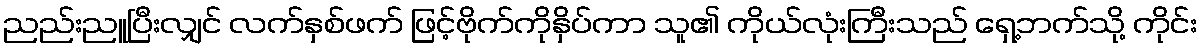
ညည်းညူပြီးလျှင် လက်နှစ်ဖက် ဖြင့်ဗိုက်ကိုနှိပ်ကာ သူ၏ ကိုယ်လုံးကြီးသည် ရှေ့ဘက်သို့ ကိုင်း